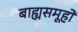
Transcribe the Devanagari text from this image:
बाह्यसमूहों